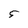
Character: 5